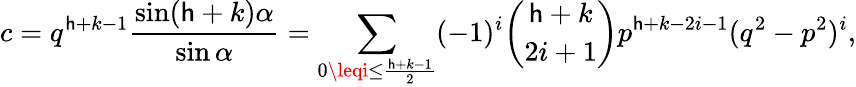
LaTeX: c=q^{\mathsf{h}+k-1}{\frac{{\sin(\mathsf{h}+k)\alpha}}{{\sin\alpha}}}=\sum_{0\leqi\leq{\frac{{\mathsf{h}+k-1}}{{2}}}}(-1)^{i}{\binom{\mathsf{h}+k}{2i+1}}p^{\mathsf{h}+k-2i-1}(q^{2}-p^{2})^{i},